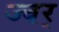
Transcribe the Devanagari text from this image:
ज्वर्